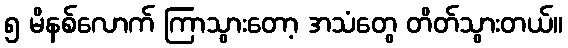
၅ မိနစ်လောက် ကြာသွားတော့ အသံတွေ တိတ်သွားတယ်။